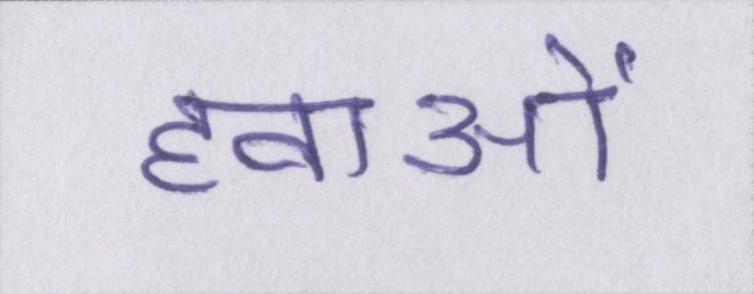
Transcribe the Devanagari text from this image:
हवाओं